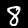
Digit: 8